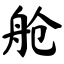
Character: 舱